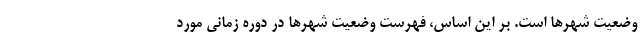
وضعیت شهرها است. بر این اساس، فهرست وضعیت شهرها در دوره زمانی مورد